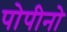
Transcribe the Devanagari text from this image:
पोपीनो